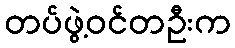
တပ်ဖွဲ့ဝင်တဦးက